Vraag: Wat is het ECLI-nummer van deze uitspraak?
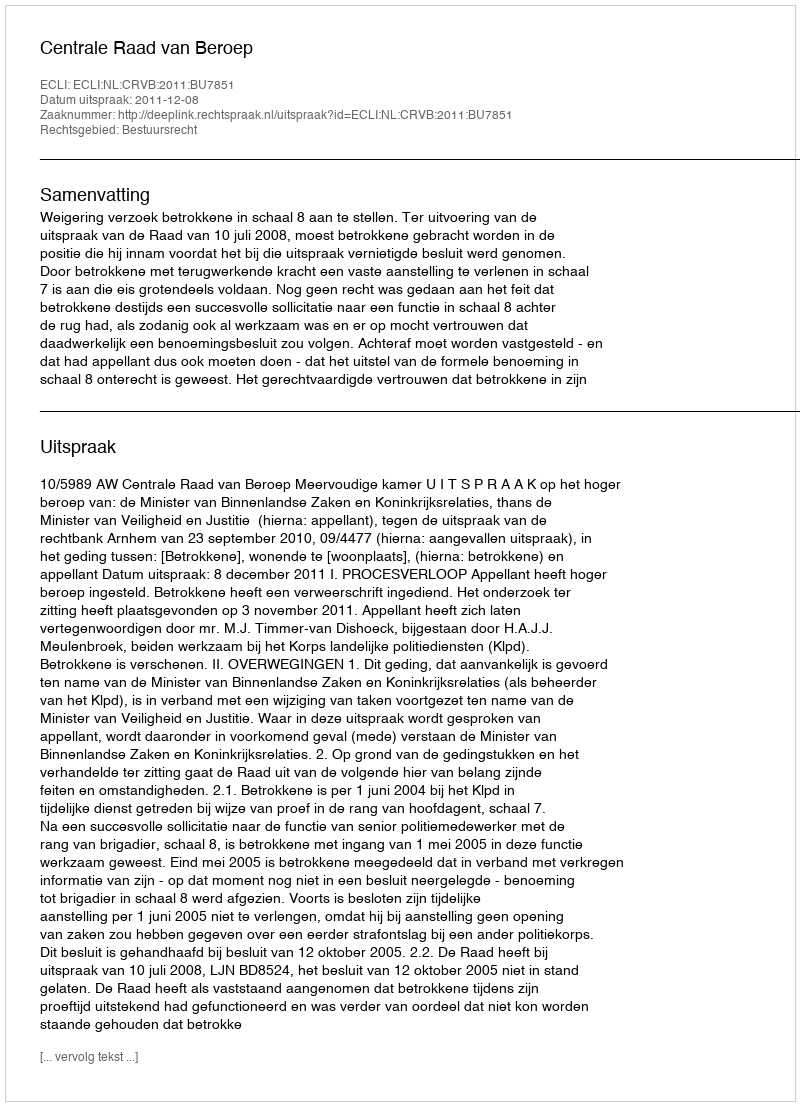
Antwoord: ECLI:NL:CRVB:2011:BU7851